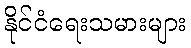
နိုင်ငံရေးသမားများ